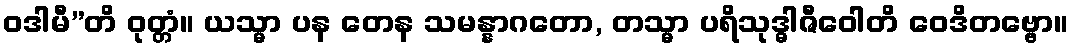
ဝဒါမီ”တိ ဝုတ္တံ။ ယသ္မာ ပန တေန သမန္နာဂတော, တသ္မာ ပရိသုဒ္ဓါဇီဝေါတိ ဝေဒိတဗ္ဗော။